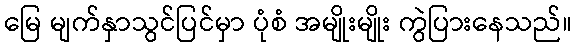
မြေ မျက်နှာသွင်ပြင်မှာ ပုံစံ အမျိုးမျိုး ကွဲပြားနေသည်။